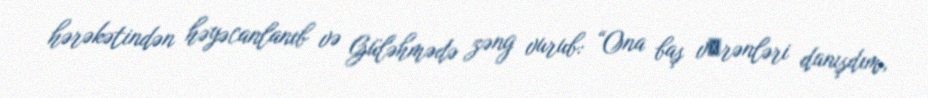
hərəkətindən həyəcanlanıb və Güləhmədə zəng vurub: “Ona baş vеrənləri danışdım,